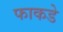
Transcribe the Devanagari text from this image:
फाकडे